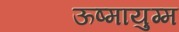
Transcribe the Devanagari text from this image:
ऊष्मायुग्म